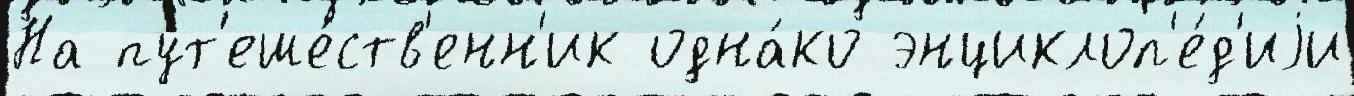
На пут'еше́ств'енн'ик одна́ко энциклоп'е́д'иjи